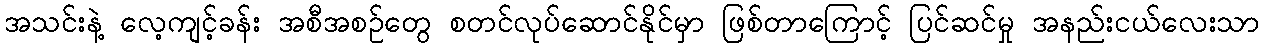
အသင်းနဲ့ လေ့ကျင့်ခန်း အစီအစဉ်တွေ စတင်လုပ်ဆောင်နိုင်မှာ ဖြစ်တာကြောင့် ပြင်ဆင်မှု အနည်းငယ်လေးသာ